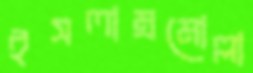
ইসলাম্রমোল্লা